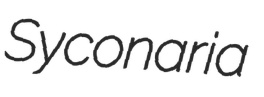
Syconaria